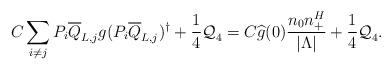
LaTeX: \begin{align*}C \sum_{i \neq j} P_i \overline{Q}_{L,j} g (P_i \overline{Q}_{L,j})^{\dagger} + \frac{1}{4} \mathcal Q_4^{}&= C \widehat g(0) \frac{n_0 n_+^H}{\vert \Lambda \vert} + \frac{1}{4} \mathcal Q_4^{}.\end{align*}